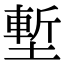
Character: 塹